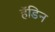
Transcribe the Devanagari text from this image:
हॅडिन